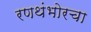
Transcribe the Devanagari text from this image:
रणथंभोरचा